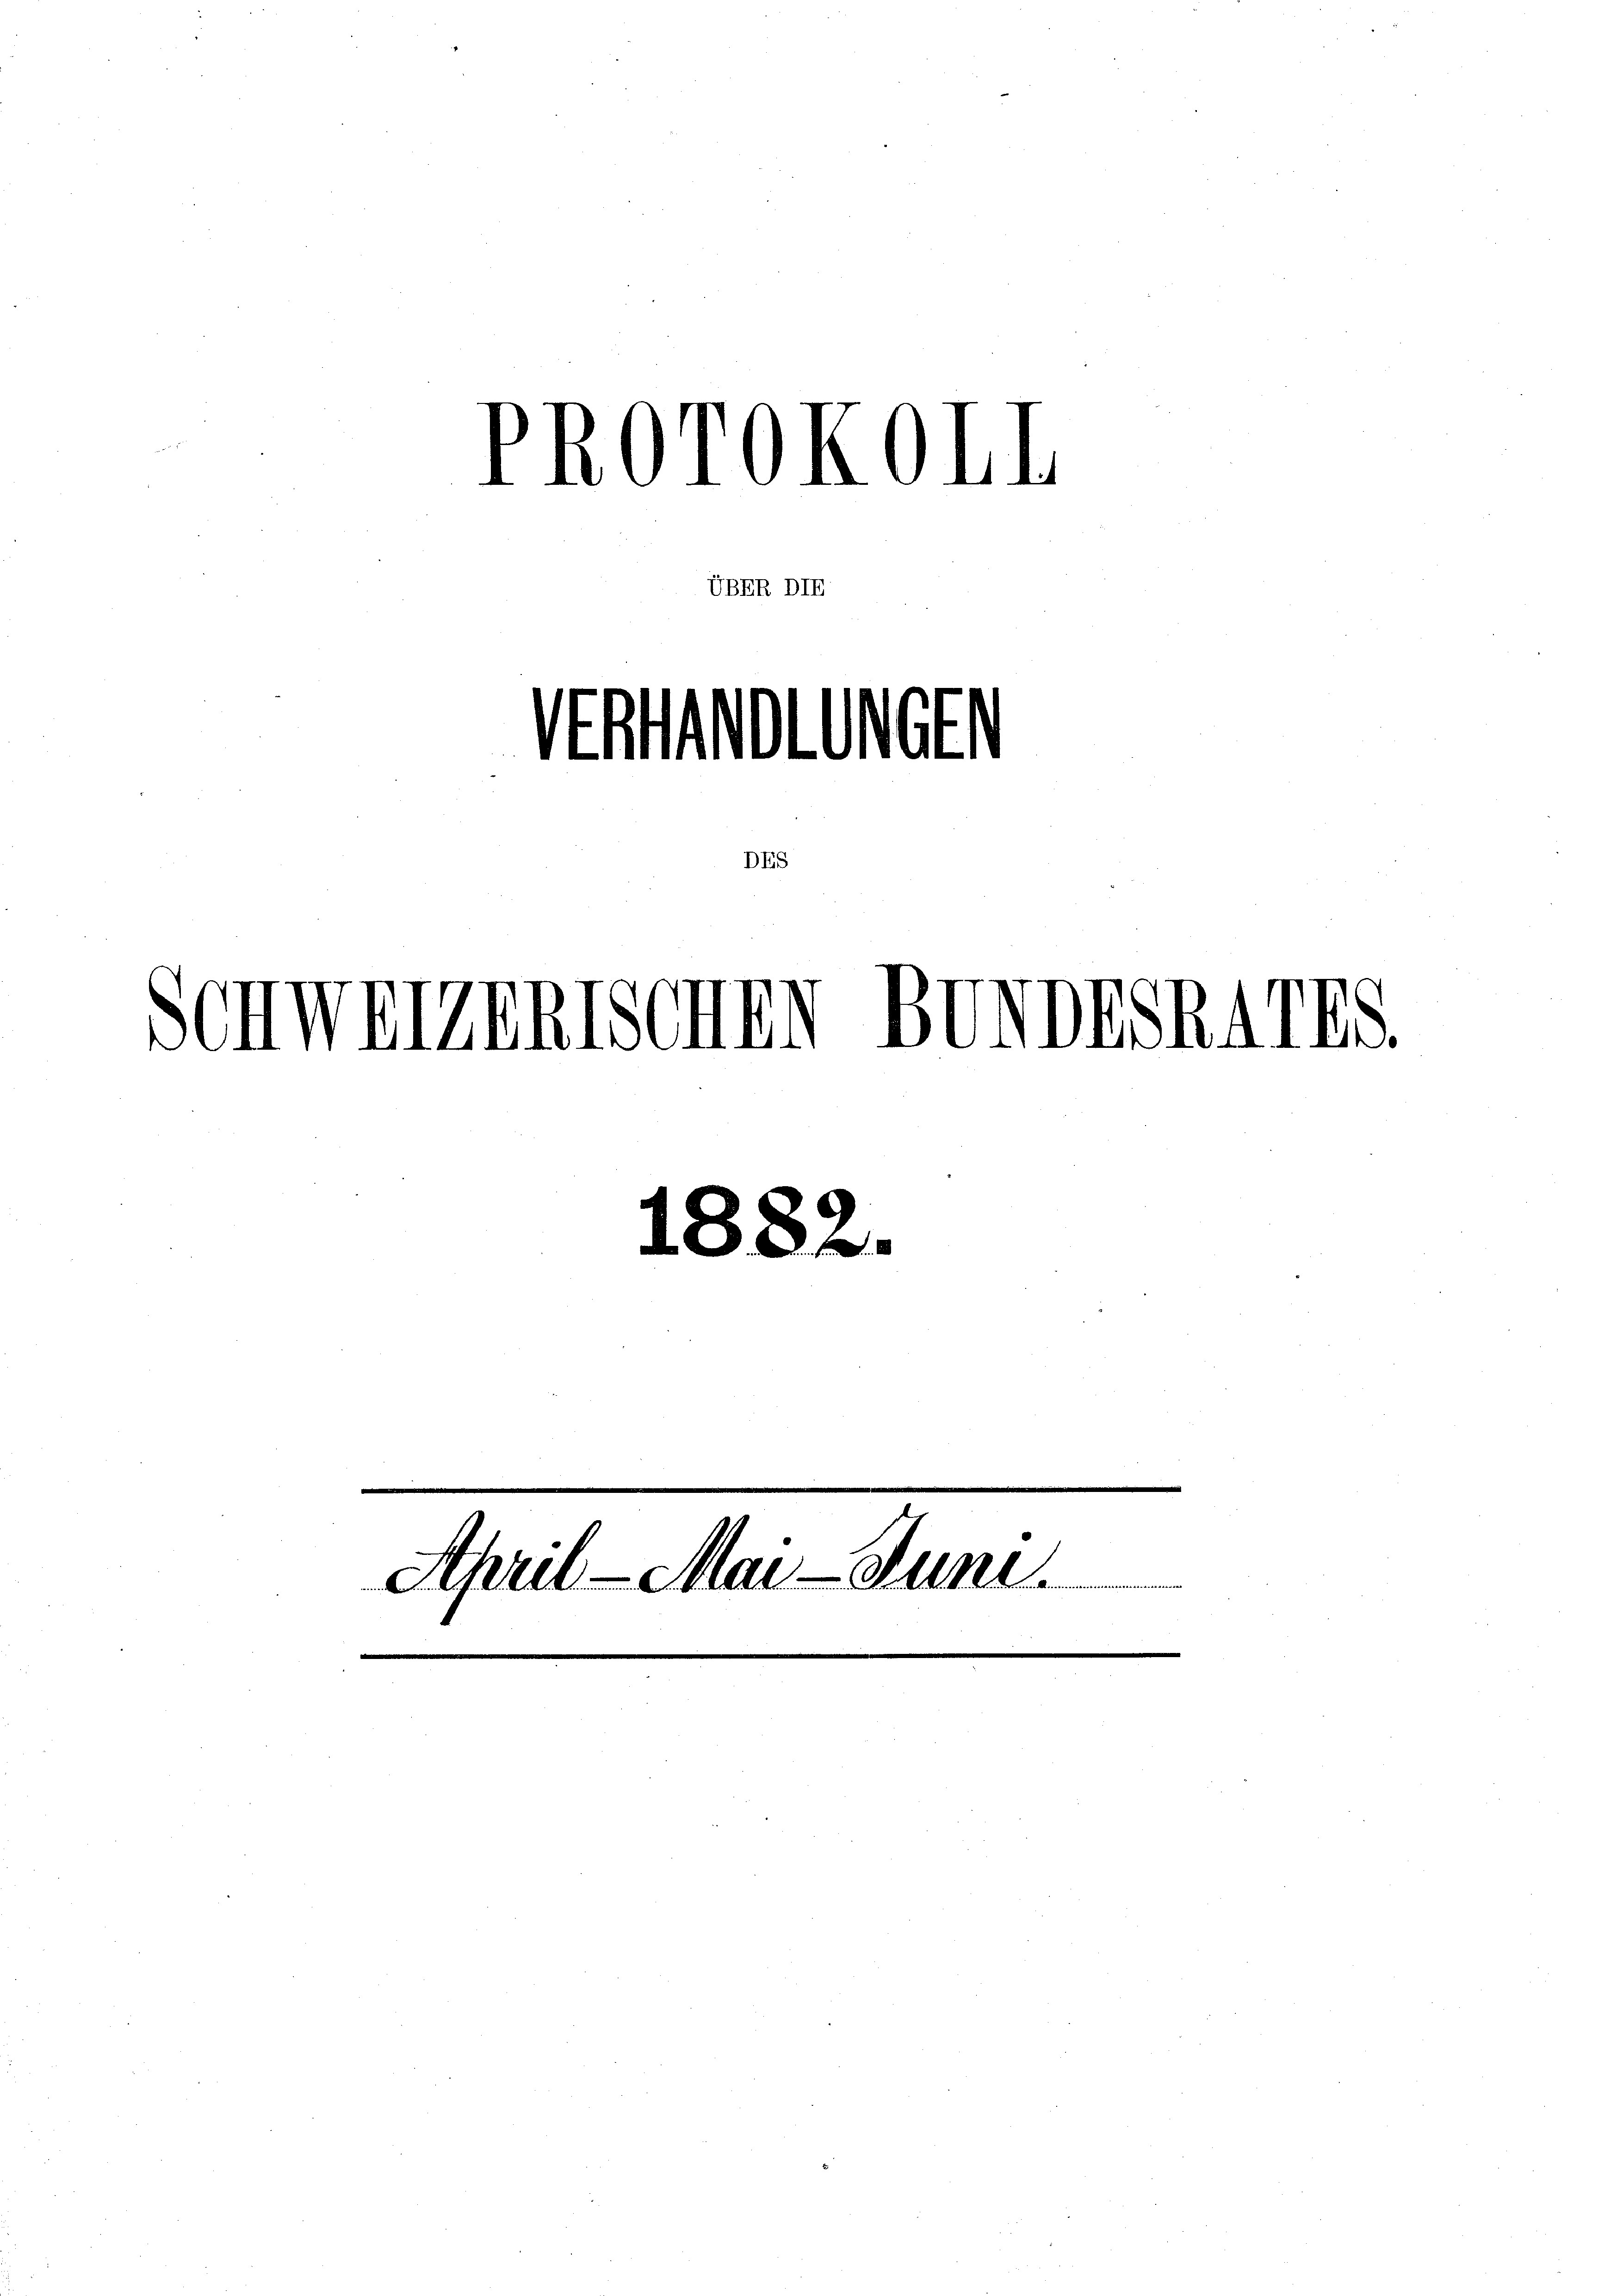
PROTOKOLI
UBER DIE

Urteien
DES
Schweizerischen BondrSR4178.

1882.

Ahril - Mai- Juni.
.
u Mar
eengemeine neuen